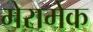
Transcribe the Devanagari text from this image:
मेरामेक